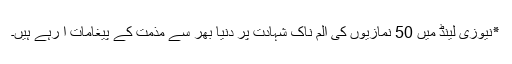
٭نیوزی لینڈ میں 50 نمازیوں کی الم ناک شہادت پر دنیا بھر سے مذمت کے پیغامات آ رہے ہیں۔